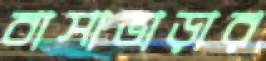
বাসাভাড়ার